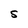
Character: S